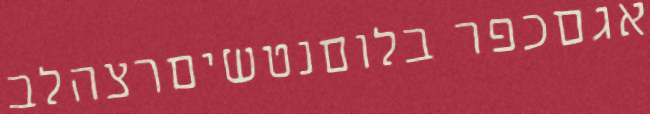
אגםכפר בלוםנטשיםרצהלב